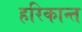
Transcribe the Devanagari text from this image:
हरिकान्त